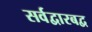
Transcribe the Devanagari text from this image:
सर्वद्वारबद्व